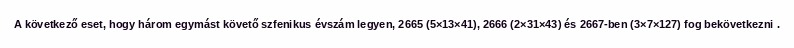
A következő eset, hogy három egymást követő szfenikus évszám legyen, 2665 (5×13×41), 2666 (2×31×43) és 2667-ben (3×7×127) fog bekövetkezni .